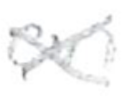
Text: on
Cross-out: cross
Writing tool: pencil